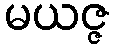
မယဇ္ဇ